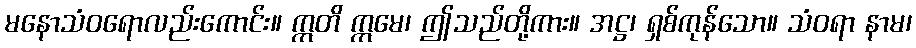
မနောသံဝရောလည်းကောင်း။ ဣတိ ဣမေ၊ ဤသည်တို့ကား။ အဋ္ဌ၊ ရှစ်ကုန်သော။ သံဝရာ နာမ၊